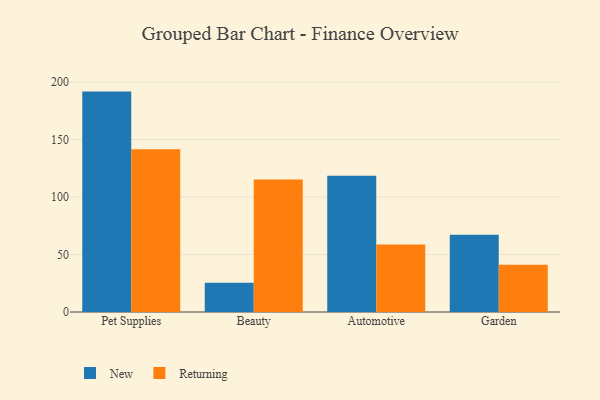
{"axis": {"x": "Category", "y": "Revenue (USD Million)"}, "legend": ["New", "Returning"], "data": [{"x": "Pet Supplies", "y": 191.7, "type": "New"}, {"x": "Pet Supplies", "y": 141.5, "type": "Returning"}, {"x": "Beauty", "y": 25.4, "type": "New"}, {"x": "Beauty", "y": 115.3, "type": "Returning"}, {"x": "Automotive", "y": 118.5, "type": "New"}, {"x": "Automotive", "y": 58.7, "type": "Returning"}, {"x": "Garden", "y": 67.2, "type": "New"}, {"x": "Garden", "y": 41.1, "type": "Returning"}]}